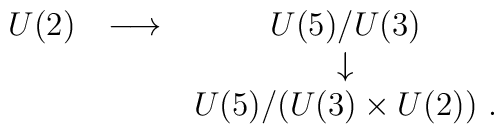
\matrix{U(2)&\longrightarrow & U(5)/U(3)\cr & & \downarrow\cr && U(5)/ (U(3)\times U(2))\ .\cr}